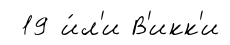
19 и́л'и В'икк'и